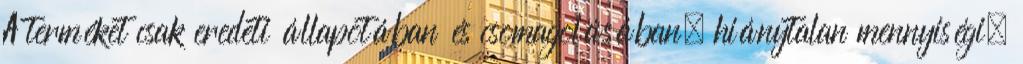
A terméket csak eredeti állapotában és csomagolásában, hiánytalan mennyiségi,